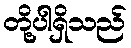
တို့ပါရှိသည်